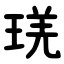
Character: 琷